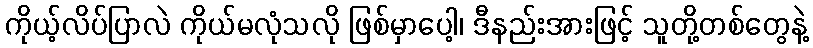
ကိုယ့်လိပ်ပြာလဲ ကိုယ်မလုံသလို ဖြစ်မှာပေါ့၊ ဒီနည်းအားဖြင့် သူတို့တစ်တွေနဲ့